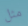
مثل